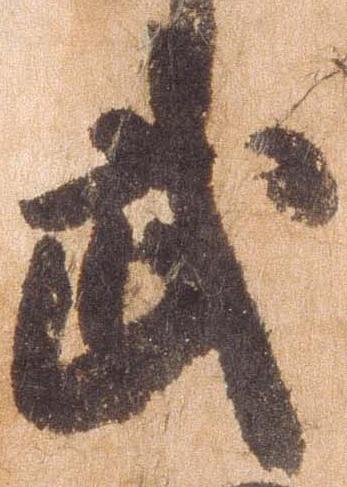
武